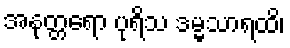
အနုတ္တရော ပုရိသ ဒမ္မသာရထိ၊